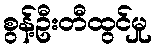
စွန့်ဦးတီထွင်မှု